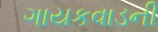
ગાયકવાડની